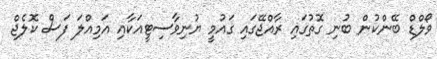
ވޯލްޑް ބޭންކުން ބުނި ގޮތުގައި ރާއްޖޭގައި ގައުމީ ޔުނިވާސިޓީއަކާއި އަމިއްލަ ފަސް ކޮލެޖް